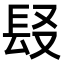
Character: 𨱣